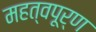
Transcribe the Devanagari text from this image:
महत्वपूर्ण